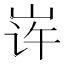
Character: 𱛦